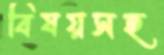
বিষয়সহ